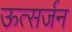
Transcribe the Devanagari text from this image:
ऊत्सर्जन